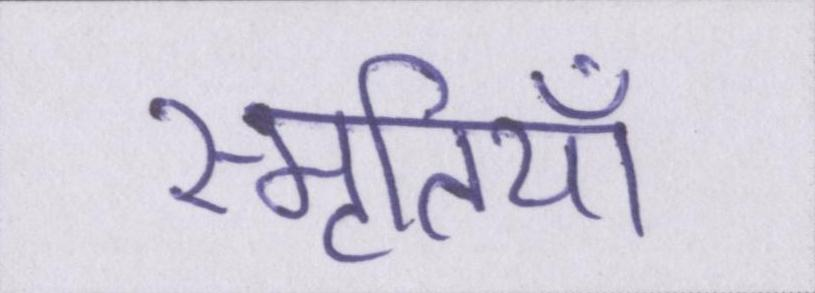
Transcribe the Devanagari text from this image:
स्मृतियाँ